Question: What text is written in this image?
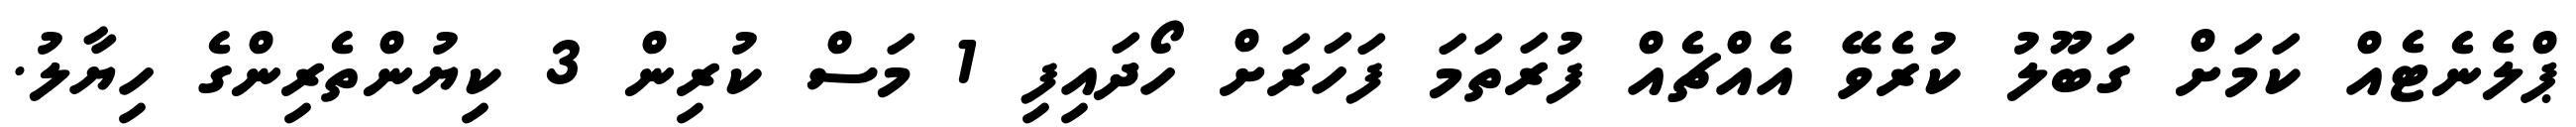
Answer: ޕްލެނެޓެއް ކަމަށް ގަބޫލު ކުރެވޭ އެއްޗެއް ފުރަތަމަ ފަހަރަށް ހޯދައިފި 1 މަސް ކުރިން 3 ކިޔުންތެރިންގެ ހިޔާލު.